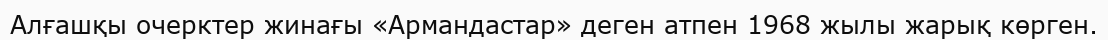
Алғашқы очерктер жинағы «Армандастар» деген атпен 1968 жылы жарық көрген.